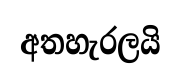
අතහැරලයි